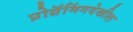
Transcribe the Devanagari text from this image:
प्रोग्रॅमिंगदेखील